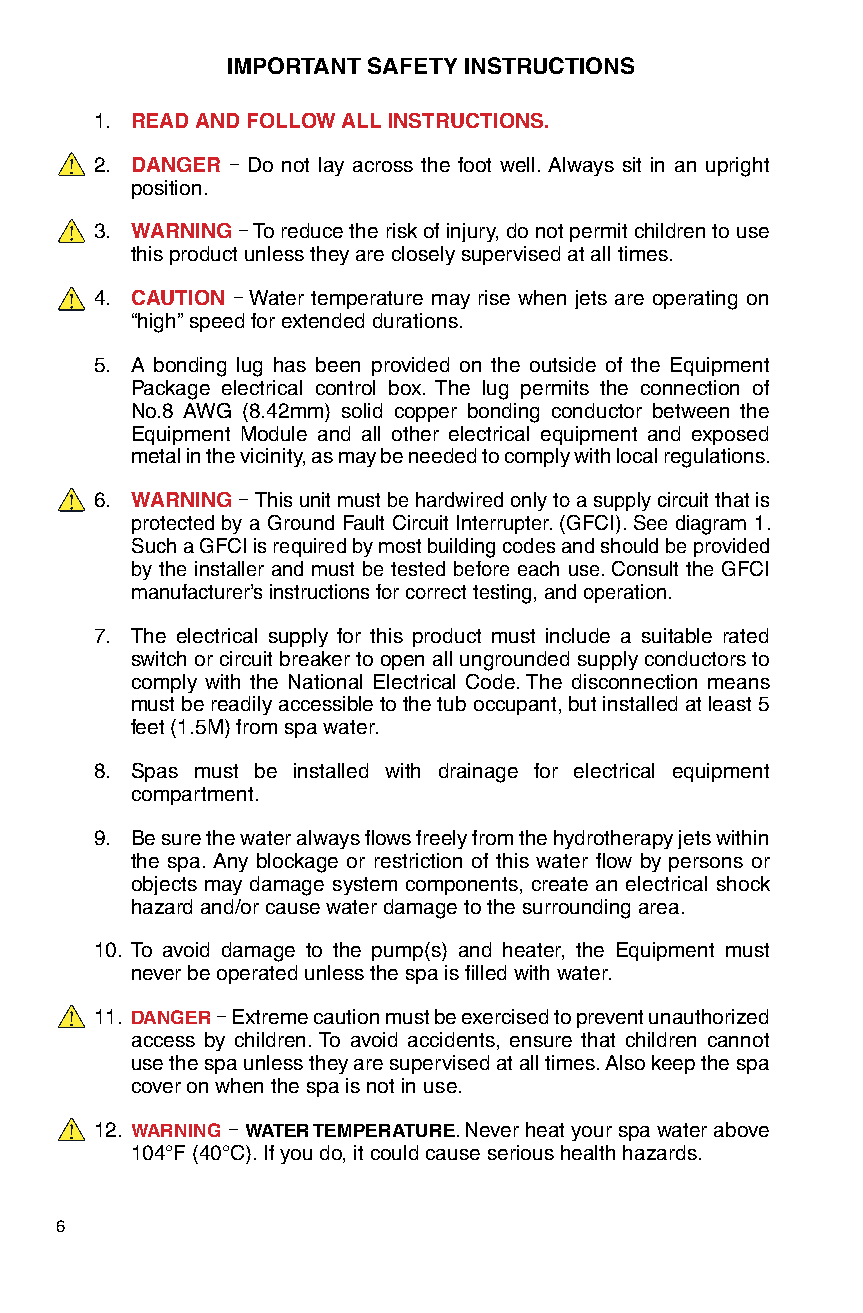
IMPORTANT SAFETY INSTRUCTIONS
 1. READ AND FOLLOW ALL INSTRUCTIONS.
 2. DANGER – Do not lay across the foot well. Always sit in an upright
 position.
 3. WARNING – To reduce the risk of injury, do not permit children to use
 this product unless they are closely supervised at all times.
 4. CAUTION – Water temperature may rise when jets are operating on
 “high” speed for extended durations.
 5. A bonding lug has been provided on the outside of the Equipment
 Package electrical control box. The lug permits the connection of
 No.8 AWG (8.42mm) solid copper bonding conductor between the
 Equipment Module and all other electrical equipment and exposed
 metal in the vicinity, as may be needed to comply with local regulations.
 6. WARNING – This unit must be hardwired only to a supply circuit that is
 protected by a Ground Fault Circuit Interrupter. (GFCI). See diagram 1.
 Such a GFCI is required by most building codes and should be provided
 by the installer and must be tested before each use. Consult the GFCI
 manufacturer’s instructions for correct testing, and operation.
 7. The electrical supply for this product must include a suitable rated
 switch or circuit breaker to open all ungrounded supply conductors to
 comply with the National Electrical Code. The disconnection means
 must be readily accessible to the tub occupant, but installed at least 5
 feet (1.5M) from spa water.
 8. Spas must be installed with drainage for electrical equipment
 compartment.
 9. Be sure the water always flows freely from the hydrotherapy jets within
 the spa. Any blockage or restriction of this water flow by persons or
 objects may damage system components, create an electrical shock
 hazard and/or cause water damage to the surrounding area.
 10. To avoid damage to the pump(s) and heater, the Equipment must
 never be operated unless the spa is filled with water.
 11. DANGER – Extreme caution must be exercised to prevent unauthorized
 access by children. To avoid accidents, ensure that children cannot
 use the spa unless they are supervised at all times. Also keep the spa
 cover on when the spa is not in use.
 12. WARNING – WATER TEMPERATURE. Never heat your spa water above
 104°F (40°C). If you do, it could cause serious health hazards.
 6